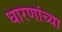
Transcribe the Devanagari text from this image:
धारणांच्या